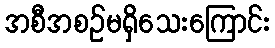
အစီအစဉ်မရှိသေးကြောင်း